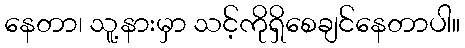
နေတာ၊ သူ့နားမှာ သင့်ကိုရှိစေချင်နေတာပါ။